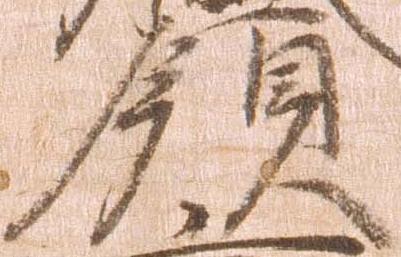
領